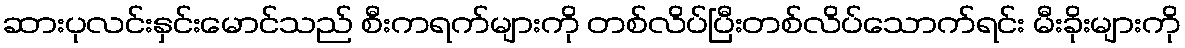
ဆားပုလင်းနှင်းမောင်သည် စီးကရက်များကို တစ်လိပ်ပြီးတစ်လိပ်သောက်ရင်း မီးခိုးများကို